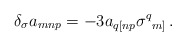
\begin{align*}\delta_{\sigma}a_{mnp}=-3a_{q[np}\sigma^{q}{}_{m]}\, .\end{align*}